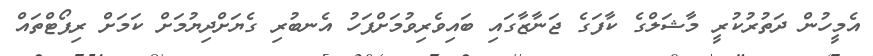
އެމީހުން ދަތުރުކުރީ މާޝަލްގެ ކާފަގެ ޖަނާޒާގައި ބައިވެރިވުމަށްފަހު އެނބުރި ގެޔަށްދިޔުމަށް ކަމަށް ރިޕޯޓްތައް